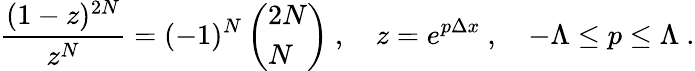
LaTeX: {\frac{(1-z)^{2N}}{z^{N}}}=(-1)^{N}\left(\begin{array}{l}{{2N}}\\ {{N}}\end{array}\right)\ ,\quad z=e^{p\Delta x}\ ,\quad-\Lambda\le p\le\Lambda\ .